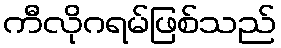
ကီလိုဂရမ်ဖြစ်သည်